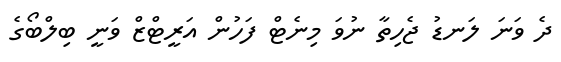
ދެ ވަނަ ލަނޑު ޖެހިތާ ނުވަ މިނެޓް ފަހުން އަރީޓްޒް ވަނީ ބިލްބޯގެ